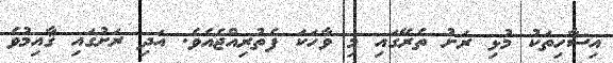
އިސާހިތަކު މުޅި ރަށު ތެރޭގައި މި ވާހަކަ ފެތުރިއްޖެއެވެ. އަދި ރަށުގައި ޤާއިމުވެ